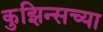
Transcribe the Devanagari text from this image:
कुझिन्सच्या